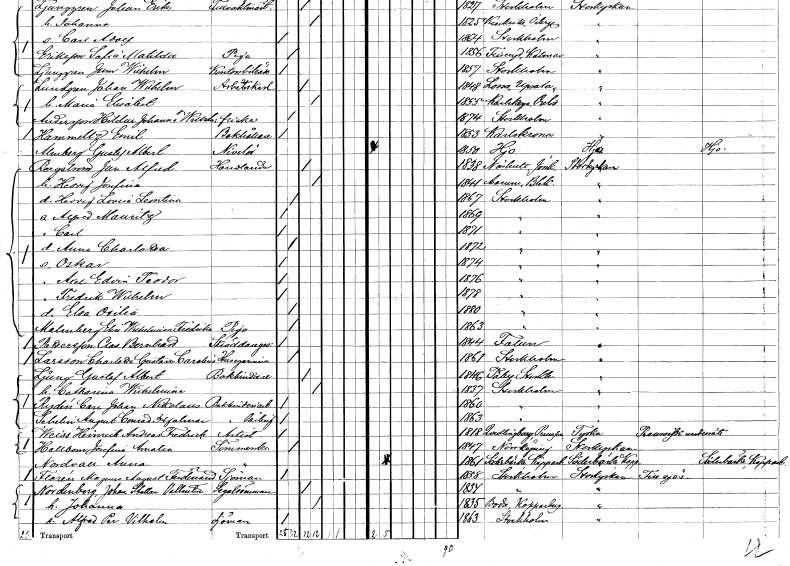
gt_parse: households: individuals: FN: Emil
EN: Hammeltz
YRKE: Bokhållare
KON: M
CIV: O
FODAR: 1853
FODFORS: Karlskrona Blekinge län
FN: Gustaf Albert
EN: Almberg
YRKE: Nivellör
KON: M
CIV: O
FODAR: 1850
FODFORS: Hjo Skaraborgs län
FN: Jan Alfred
EN: Bergström
YRKE: Handlande
KON: M
CIV: G
FODAR: 1838
FODFORS: Näshult Jönköpings län
FN: Hedvig Josefina
KON: K
CIV: G
FODAR: 1844
FODFORS: Asarum Blekinge län
FN: Hedvig Lovisa Leontina
KON: K
CIV: O
FODAR: 1867
FODFORS: Stockholm
FN: Alfred Mauritz
KON: M
CIV: O
FODAR: 1869
FODFORS: Stockholm
FN: Carl
KON: M
CIV: O
FODAR: 1871
FODFORS: Stockholm
FN: Anna Charlotta
KON: K
CIV: O
FODAR: 1872
FODFORS: Stockholm
FN: Oskar
KON: M
CIV: O
FODAR: 1874
FODFORS: Stockholm
FN: Axel Edvin Teodor
KON: M
CIV: O
FODAR: 1876
FODFORS: Stockholm
FN: Fredrik Wilhelm
KON: M
CIV: O
FODAR: 1878
FODFORS: Stockholm
FN: Elsa Otilia
KON: K
CIV: O
FODAR: 1880
FODFORS: Stockholm
FN: Elin Wilhelmina Fredrika
EN: Malmberg
YRKE: Piga
KON: K
CIV: O
FODAR: 1863
FODFORS: Stockholm
FN: Clas Bernhard
EN: Pettersson
YRKE: Skräddaregesäll
KON: M
CIV: O
FODAR: 1844
FODFORS: Falun Kopparbergs län
FN: Charlotta Gustava Carolina
EN: Larsson
YRKE: Husägarinna
KON: K
CIV: O
FODAR: 1861
FODFORS: Stockholm
FN: Gustaf Albert
EN: Ljung
YRKE: Bokbindare
KON: M
CIV: G
FODAR: 1846
FODFORS: Täby Stockholms län
FN: Catharina Wilhelmina
KON: K
CIV: G
FODAR: 1837
FODFORS: Stockholm
FN: Carl Johan Nikolaus
EN: Rydén
YRKE: Bokbinderiarbetare
KON: M
CIV: O
FODAR: 1860
FODFORS: Stockholm
FN: August Conrad Hjalmar
EN: Schelin
YRKE: Bokbindarelärling
KON: M
CIV: O
FODAR: 1863
FODFORS: Stockholm
FN: Heinrich Andreas Fredrik
EN: Weiss
YRKE: Artist
KON: M
CIV: O
FODAR: 1818
FN: Josefina Amalia
EN: Hallbom
YRKE: Sömmerska
KON: K
CIV: O
FODAR: 1847
FODFORS: Norrköping Östergötlands län
FN: Anna
EN: Nordvall
YRKE: Sömmerska
KON: K
CIV: O
FODAR: 1861
FODFORS: Söderbärke Kopparbergs län
FN: Magnus August Ferdinand
EN: Florén
YRKE: Sjöman
KON: M
CIV: O
FODAR: 1858
FODFORS: Stockholm
FN: Johan Stellan Vallentin
EN: Nordenberg
YRKE: Segelsömmare
KON: M
CIV: G
FODAR: 1834
FODFORS: Stockholm
FN: Johanna
KON: K
CIV: G
FODAR: 1835
FODFORS: Boda Kopparbergs län
FN: Alfred Per Vilhelm
YRKE: Sjöman
KON: M
CIV: O
FODAR: 1863
FODFORS: Stockholm